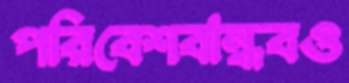
পরিবেশবান্ধবও